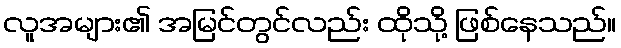
လူအများ၏ အမြင်တွင်လည်း ထိုသို့ ဖြစ်နေသည်။